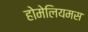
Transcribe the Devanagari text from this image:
होमेलियमस